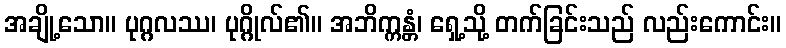
အချို့သော။ ပုဂ္ဂလဿ၊ ပုဂ္ဂိုလ်၏။ အဘိက္ကန္တံ၊ ရှေ့သို့ တက်ခြင်းသည် လည်းကောင်း။